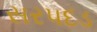
સરપદડ